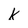
Character: k